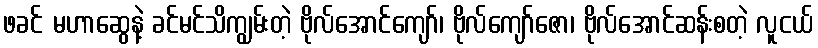
ဖခင် မဟာဆွေနဲ့ ခင်မင်သိကျွမ်းတဲ့ ဗိုလ်အောင်ကျော်၊ ဗိုလ်ကျော်ဇော၊ ဗိုလ်အောင်ဆန်းစတဲ့ လူငယ်